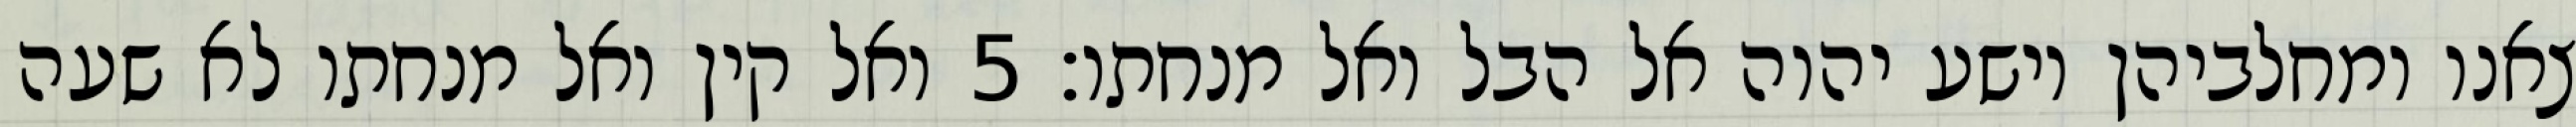
צאנו ומחלביהן וישע יהוה אל הבל ואל מנחתו׃ ‎5‏ ואל קין ואל מנחתו לא שעה